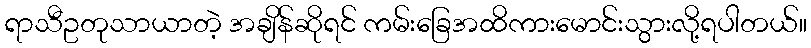
ရာသီဥတုသာယာတဲ့ အချိန်ဆိုရင် ကမ်းခြေအထိကားမောင်းသွားလို့ရပါတယ်။